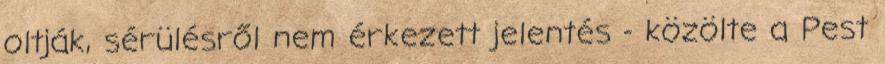
oltják, sérülésről nem érkezett jelentés - közölte a Pest